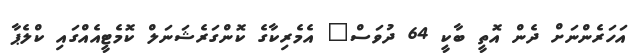
އަހަރެންނަށް ދެން އޮތީ ބާކީ 64 ދުވަސް" އެމެރިކާގެ ކޮންގަރެޝަނަލް ކޮމެޓީއެއްގައި ކްލެޕާ